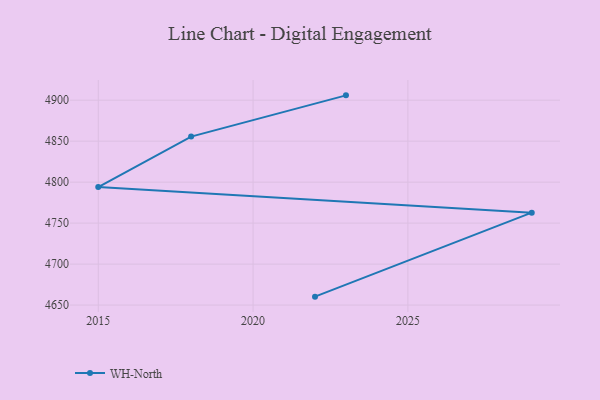
{"axis": {"x": "Year", "y": "Budget (USD K)"}, "legend": ["WH-North"], "data": [{"x": "2022", "y": 4660.3, "type": "WH-North"}, {"x": "2029", "y": 4762.8, "type": "WH-North"}, {"x": "2015", "y": 4794.0, "type": "WH-North"}, {"x": "2018", "y": 4855.6, "type": "WH-North"}, {"x": "2023", "y": 4905.9, "type": "WH-North"}]}